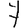
Digit: 7